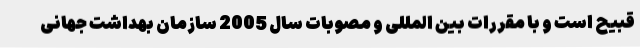
قبیح است و با مقررات بین المللی و مصوبات سال 2005 سازمان بهداشت جهانی